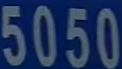
5050